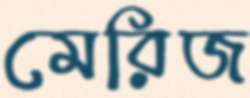
মেরিজ